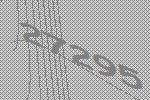
27295